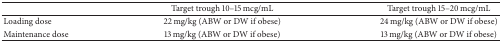
<table><thead><tr><td><b> </b></td><td><b>Target trough 10–15 mcg/mL</b></td><td><b>Target trough 15–20 mcg/mL</b></td></tr></thead><tbody><tr><td>Loading dose</td><td>22 mg/kg (ABW or DW if obese)</td><td>24 mg/kg (ABW or DW if obese)</td></tr><tr><td>Maintenance dose</td><td>13 mg/kg (ABW or DW if obese)</td><td>13 mg/kg (ABW or DW if obese)</td></tr></tbody></table>